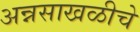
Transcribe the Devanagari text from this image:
अन्नसाखळीचे